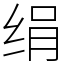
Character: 绢